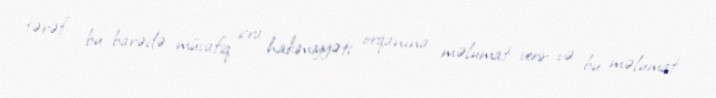
tərəf bu barədə müvafiq icra hakimiyyəti orqanına məlumat verir və bu məlumat